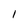
Character: l